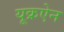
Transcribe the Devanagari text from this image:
यूक्रऐन